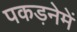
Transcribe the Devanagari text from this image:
पकड़नेमें